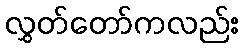
လွှတ်တော်ကလည်း